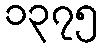
၁၃၇၅